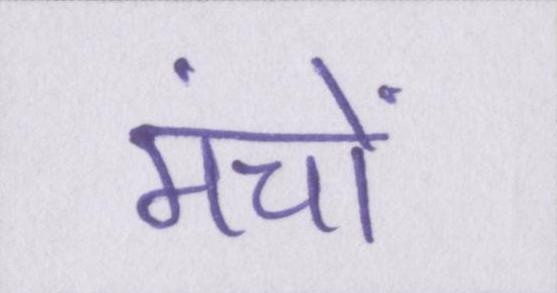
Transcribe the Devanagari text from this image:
मंचों